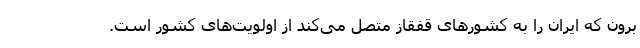
برون که ایران را به کشورهای قفقاز متصل می‌کند از اولویت‌های کشور است.